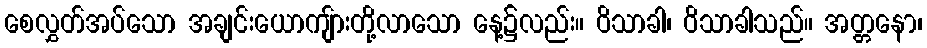
စေလွှတ်အပ်သော အချင်းယောကျ်ားတို့လာသော နေ့၌လည်း။ ဝိသာခါ၊ ဝိသာခါသည်။ အတ္တနော၊